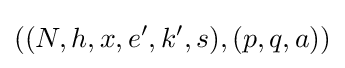
((N,h,x,e',k',s),(p,q,a))